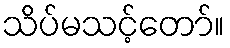
သိပ်မသင့်တော်။